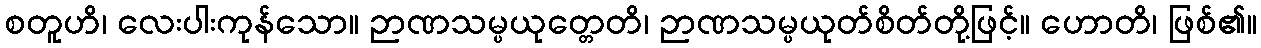
စတူဟိ၊ လေးပါးကုန်သော။ ဉာဏသမ္ပယုတ္တေတိ၊ ဉာဏသမ္ပယုတ်စိတ်တို့ဖြင့်။ ဟောတိ၊ ဖြစ်၏။